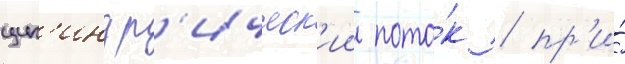
цил'индр'ическ'ии пото́к / пр'и́